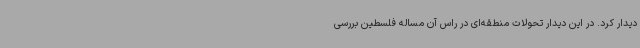
دیدار کرد. در این دیدار تحولات منطقه‌ای در راس آن مساله فلسطین بررسی